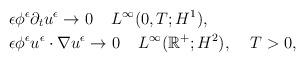
LaTeX: \begin{align*}&\epsilon \phi^{\epsilon}\partial_t u^{\epsilon}\rightarrow 0\;\;\;\; L^\infty(0,T;H^1),\\&\epsilon \phi^{\epsilon}u^{\epsilon}\cdot\nabla u^{\epsilon}\rightarrow 0\;\;\;\; L^\infty(\mathbb{R}^+;H^2), \;\;\;\;T>0,\end{align*}